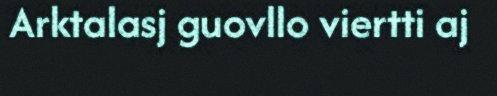
Arktalasj guovllo viertti aj